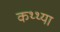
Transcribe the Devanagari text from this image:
कथ्थ्या